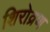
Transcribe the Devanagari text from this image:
शिरोव्रण